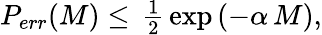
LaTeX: \begin{array}{r}{P_{err}(M)\leq\, \frac{1}{2}\, \exp\left(-\alpha\, M\right),}\end{array}